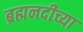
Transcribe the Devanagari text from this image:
ब्रह्मनदीच्या